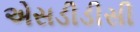
એસડીડીસી